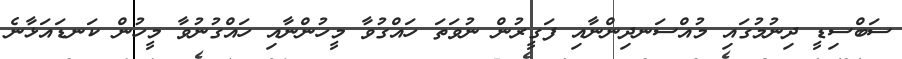
ސަބްސިޑީ ދިނުމުގައި މުއްސަނދިންނާއި ފަގީރުން ނުވަތަ ހައްގުވާ މީހުންނާއި ހައްގުނުވާ މީހުން ކަނޑައަޅާނެ